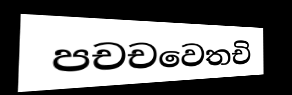
පචචවෙතචි